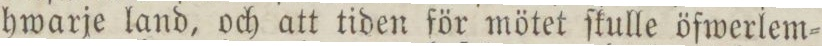
hwarje land, och att tiden för mötet ſkulle öfwerlem=